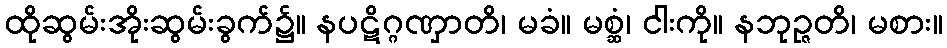
ထိုဆွမ်းအိုးဆွမ်းခွက်၌။ နပဋိဂ္ဂဏှာတိ၊ မခံ။ မစ္ဆံ၊ ငါးကို။ နဘုဉ္ဇတိ၊ မစား။